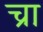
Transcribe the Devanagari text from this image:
च्रा